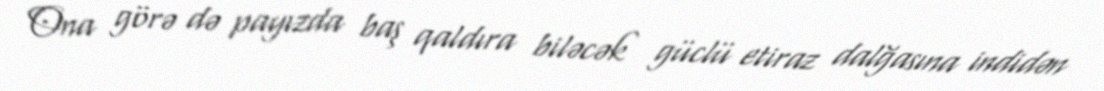
Ona görə də payızda baş qaldıra biləcək güclü etiraz dalğasına indidən